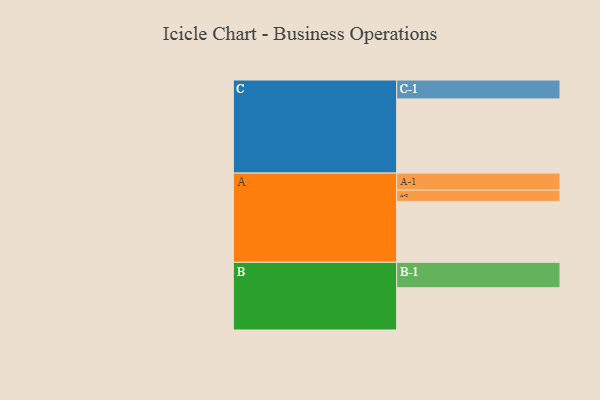
{"axis": {"x": "Segment", "y": "Value"}, "legend": ["", "A", "B", "C"], "data": [{"x": "A", "y": 480, "type": ""}, {"x": "B", "y": 333, "type": ""}, {"x": "C", "y": 584, "type": ""}, {"x": "A-1", "y": 134, "type": "A"}, {"x": "A-2", "y": 89, "type": "A"}, {"x": "B-1", "y": 200, "type": "B"}, {"x": "C-1", "y": 149, "type": "C"}]}